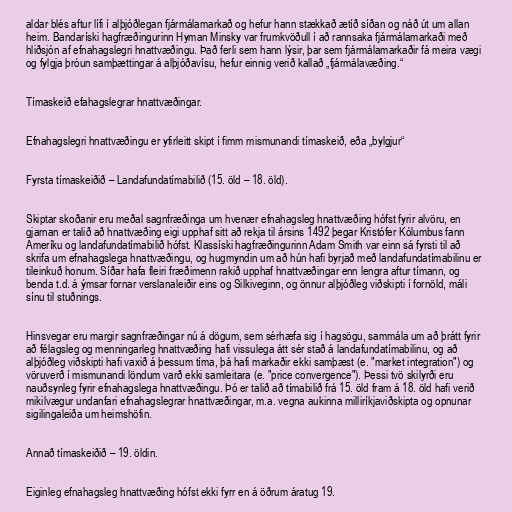
aldar blés aftur lífi í alþjóðlegan fjármálamarkað og hefur hann stækkað ætíð síðan og náð út um allan
heim. Bandaríski hagfræðingurinn Hyman Minsky var frumkvöðull í að rannsaka fjármálamarkaði með
hliðsjón af efnahagslegri hnattvæðingu. Það ferli sem hann lýsir, þar sem fjármálamarkaðir fá meira vægi
og fylgja þróun samþættingar á alþjóðavísu, hefur einnig verið kallað „fjármálavæðing.“

Tímaskeið efahagslegrar hnattvæðingar.

Efnahagslegri hnattvæðingu er yfirleitt skipt í fimm mismunandi tímaskeið, eða „bylgjur“

Fyrsta tímaskeiðið – Landafundatímabilið (15. öld – 18. öld).

Skiptar skoðanir eru meðal sagnfræðinga um hvenær efnahagsleg hnattvæðing hófst fyrir alvöru, en
gjarnan er talið að hnattvæðing eigi upphaf sitt að rekja til ársins 1492 þegar Kristófer Kólumbus fann
Ameríku og landafundatímabilið hófst. Klassíski hagfræðingurinn Adam Smith var einn sá fyrsti til að
skrifa um efnahagslega hnattvæðingu, og hugmyndin um að hún hafi byrjað með landafundatímabilinu er
tileinkuð honum. Síðar hafa fleiri fræðimenn rakið upphaf hnattvæðingar enn lengra aftur tímann, og
benda t.d. á ýmsar fornar verslanaleiðir eins og Silkiveginn, og önnur alþjóðleg viðskipti í fornöld, máli
sínu til stuðnings.

Hinsvegar eru margir sagnfræðingar nú á dögum, sem sérhæfa sig í hagsögu, sammála um að þrátt fyrir
að félagsleg og menningarleg hnattvæðing hafi vissulega átt sér stað á landafundatímabilinu, og að
alþjóðleg viðskipti hafi vaxið á þessum tíma, þá hafi markaðir ekki samþæst (e. "market integration") og
vöruverð í mismunandi löndum varð ekki samleitara (e. "price convergence"). Þessi tvö skilyrði eru
nauðsynleg fyrir efnahagslega hnattvæðingu. Þó er talið að tímabilið frá 15. öld fram á 18. öld hafi verið
mikilvægur undanfari efnahagslegrar hnattvæðingar, m.a. vegna aukinna milliríkjaviðskipta og opnunar
sigilingaleiða um heimshöfin.

Annað tímaskeiðið – 19. öldin.

Eiginleg efnahagsleg hnattvæðing hófst ekki fyrr en á öðrum áratug 19.